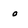
Character: o